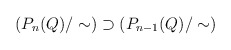
\begin{align*}\left( P_n(Q)/\sim \right) \supset \left( P_{n-1}(Q)/\sim \right)\end{align*}